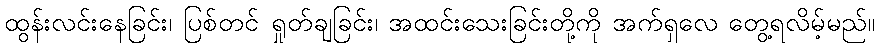
ထွန်းလင်းနေခြင်း၊ ပြစ်တင် ရှုတ်ချခြင်း၊ အထင်းသေးခြင်းတို့ကို အက်ရှလေ တွေ့ရလိမ့်မည်။